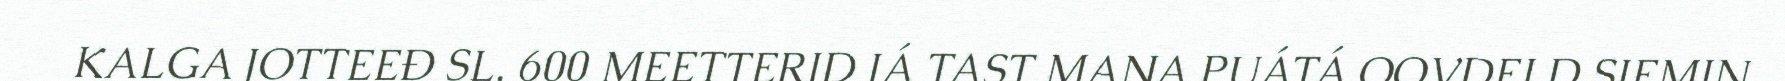
KALGA JOTTEEĐ SL. 600 MEETTERID JÁ TAST MAŊA PUÁTÁ OOVDELD SIEMIN